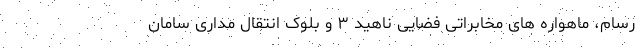
رسام، ماهواره های مخابراتی فضایی ناهید ۳ و بلوک انتقال مداری سامان